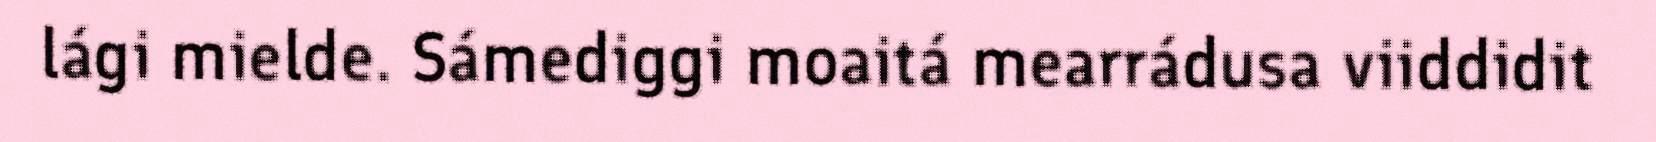
lági mielde. Sámediggi moaitá mearrádusa viiddidit